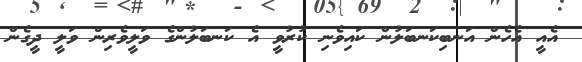
އެއީ އެހެން އަނބިކަނބަލުން ކައިވެނި ކުރުވީ އެ ކަނބަލުންގެ ވަލީވެރިން ވަލީ ދީގެން